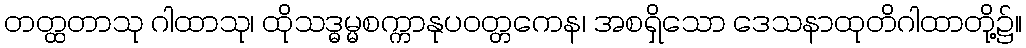
တတ္ထတာသု ဂါထာသု၊ ထိုသဒ္ဓမ္မစက္ကာနုပဝတ္တကေန၊ အစရှိသော ဒေသနာထုတိဂါထာတို့၌။